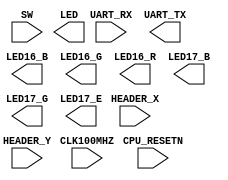

//  ATmega : https://github.com/RicardoAlan/ATmega328p
//  ARM9 : 

module main(
    //  System
    input   wire    CLK100MHZ,
    input   wire    CPU_RESETN,
    
    //  GPIO Array
    input   wire    [15:0] SW,
    output  wire    [15:0] LED,
    input   wire    [15:0] HEADER_X,
    input   wire    [15:0] HEADER_Y,
    
    //  UART
    input   wire    UART_RX,
    output  wire    UART_TX,

    //  LED
    output  wire    LED16_B,
    output  wire    LED16_G,
    output  wire    LED16_R,
    output  wire    LED17_B,
    output  wire    LED17_G,
    output  wire    LED17_E
);

/*
    //
    adder_16bit u_alu (
        .alu_a_i(HEADER_X),
        .alu_b_i(HEADER_Y),
        .alu_r_o(LED)
    );
*/
    //  Test Mode
/*
    CU_TB testCU_TB();
*/
    
endmodule